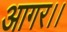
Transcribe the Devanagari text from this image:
आगर।।